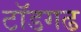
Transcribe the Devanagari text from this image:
टॉडगढ